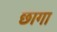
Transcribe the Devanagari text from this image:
छागा